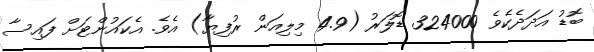
ބޮޑު އަދަދެކެވެ 324000 ޑޮލަރު (4.9 މިލިއަން ރުފިޔާ) އެވެ. އެކައުންޓަށް ފައިސާ